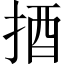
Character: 𢭳